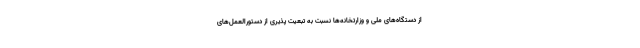
از دستگاه‌های ملی و وزارتخانه‌ها نسبت به تبعیت پذیری از دستورالعمل‌های